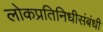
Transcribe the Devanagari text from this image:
लोकप्रतिनिधीसंबंधी